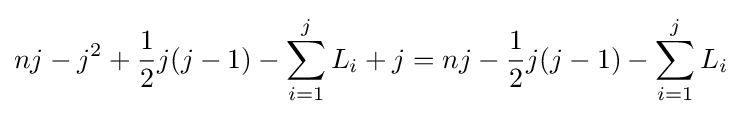
nj-j^{2}+{\frac {1}{2}}j(j-1)-\sum _{i=1}^{j}L_{i}+j=nj-{\frac {1}{2}}j(j-1)-\sum _{i=1}^{j}L_{i}